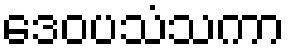
ဒေဝပသံသကာ